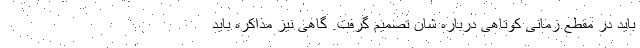
باید در مقطع زمانی کوتاهی درباره شان تصمیم گرفت. گاهی نیز مذاکره باید